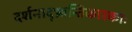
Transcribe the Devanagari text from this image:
दर्शनाद्भ्रान्तिकारकाः